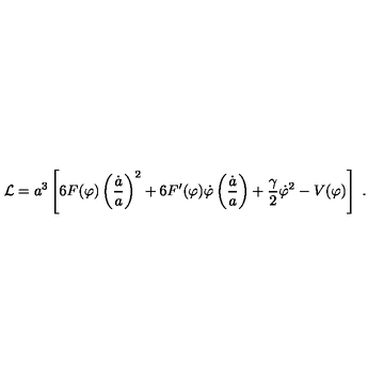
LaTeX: { \cal L } = a ^ { 3 } \left[ 6 F ( \varphi ) \left( \frac { \dot { a } } { a } \right) ^ { 2 } + 6 F ^ { \prime } ( \varphi ) \dot { \varphi } \left( \frac { \dot { a } } { a } \right) + \frac { \gamma } { 2 } \dot { \varphi } ^ { 2 } - V ( \varphi ) \right] \ .